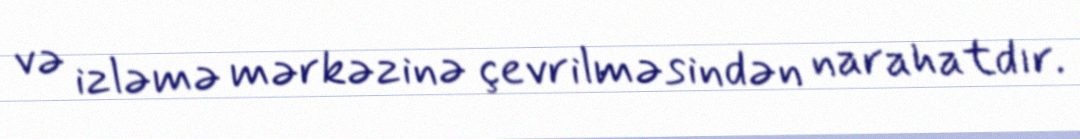
və izləmə mərkəzinə çevrilməsindən narahatdır.